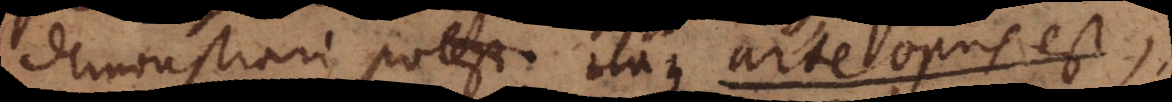
demonstrari potest. Itaque arte opus est,